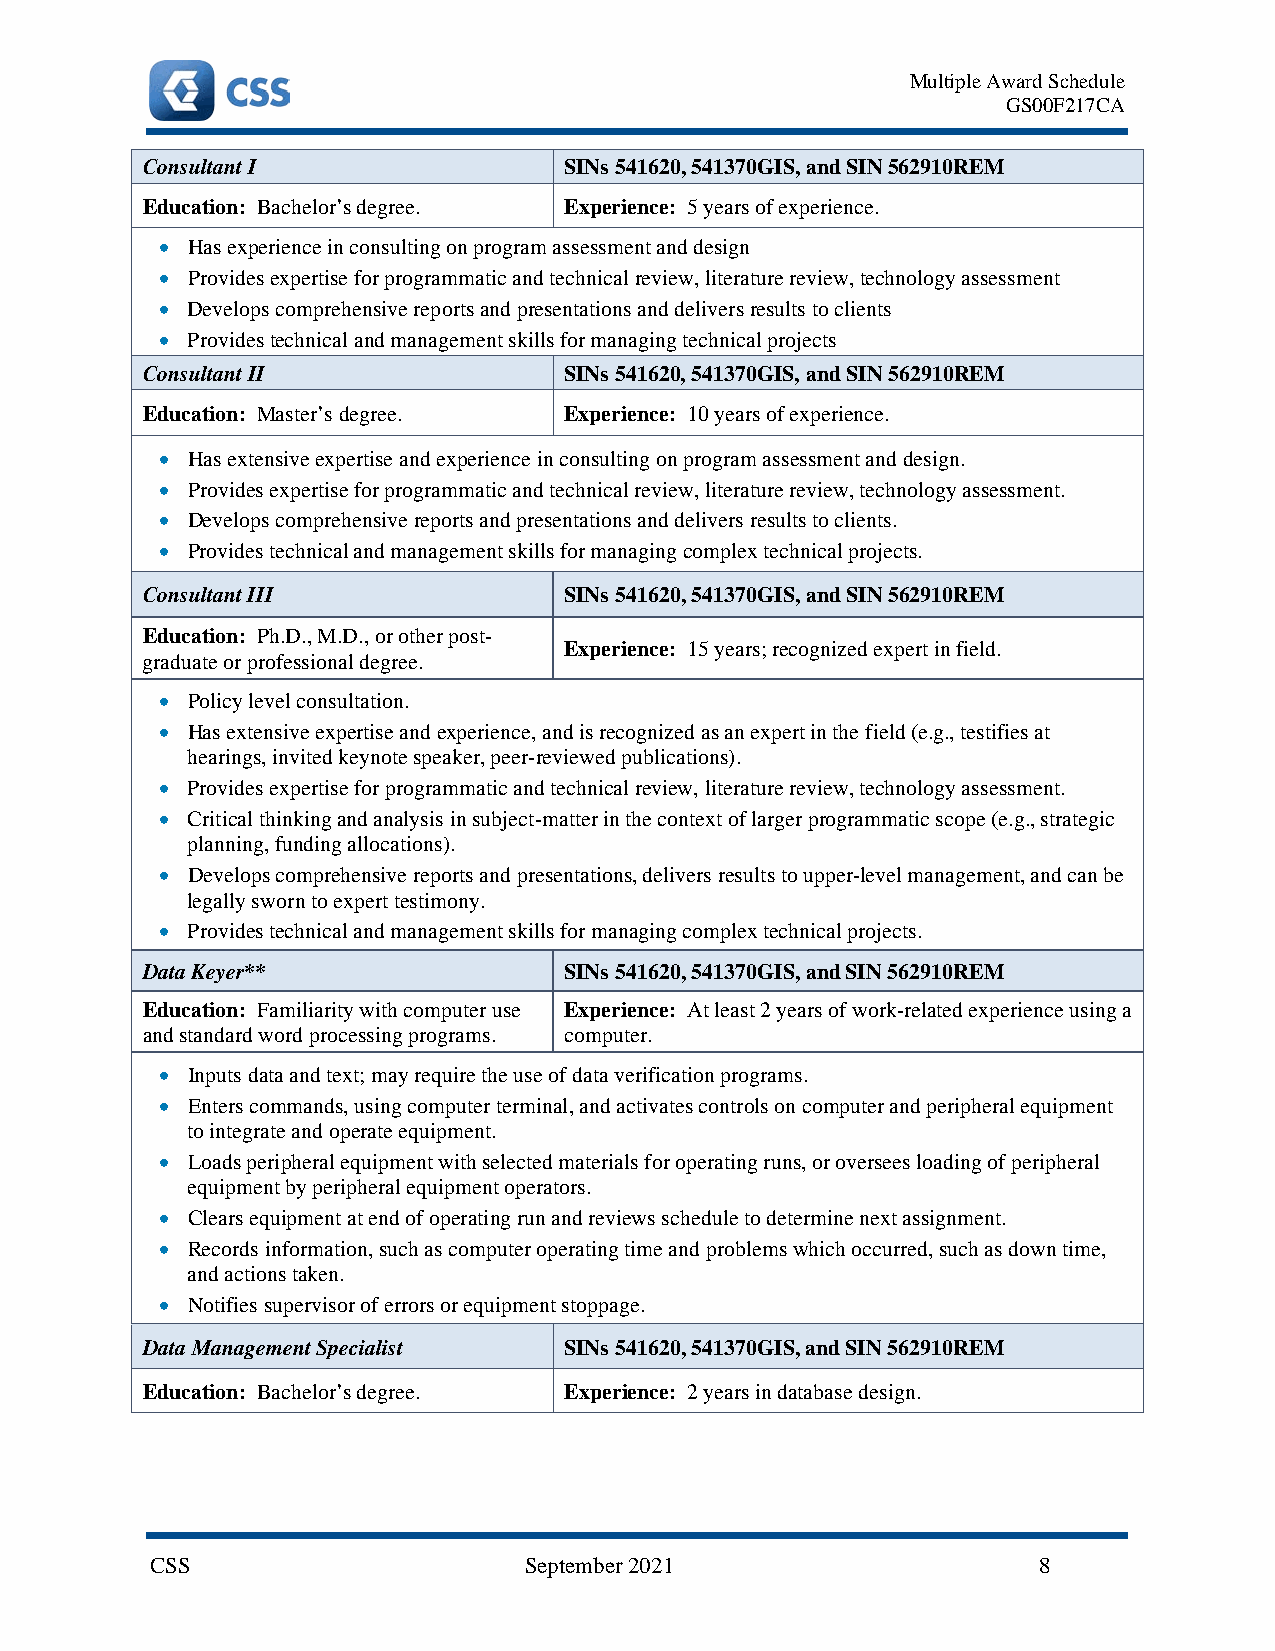
Multiple Award Schedule
 GS00F217CA
 Consultant I                SINs 541620, 541370GIS, and SIN 562910REM
 Education: Bachelor’s degree. Experience: 5 years of experience.
 • Has experience in consulting on program assessment and design
 • Provides expertise for programmatic and technical review, literature review, technology assessment
 • Develops comprehensive reports and presentations and delivers results to clients
 • Provides technical and management skills for managing technical projects
 Consultant II               SINs 541620, 541370GIS, and SIN 562910REM
 Education: Master’s degree. Experience: 10 years of experience.
 • Has extensive expertise and experience in consulting on program assessment and design.
 • Provides expertise for programmatic and technical review, literature review, technology assessment.
 • Develops comprehensive reports and presentations and delivers results to clients.
 • Provides technical and management skills for managing complex technical projects.
 Consultant III              SINs 541620, 541370GIS, and SIN 562910REM
 Education: Ph.D., M.D., or other post-
 Experience: 15 years; recognized expert in field.
 graduate or professional degree.
 • Policy level consultation.
 • Has extensive expertise and experience, and is recognized as an expert in the field (e.g., testifies at
 hearings, invited keynote speaker, peer-reviewed publications).
 • Provides expertise for programmatic and technical review, literature review, technology assessment.
 • Critical thinking and analysis in subject-matter in the context of larger programmatic scope (e.g., strategic
 planning, funding allocations).
 • Develops comprehensive reports and presentations, delivers results to upper-level management, and can be
 legally sworn to expert testimony.
 • Provides technical and management skills for managing complex technical projects.
 Data Keyer**                SINs 541620, 541370GIS, and SIN 562910REM
 Education: Familiarity with computer use Experience: At least 2 years of work-related experience using a
 and standard word processing programs. computer.
 • Inputs data and text; may require the use of data verification programs.
 • Enters commands, using computer terminal, and activates controls on computer and peripheral equipment
 to integrate and operate equipment.
 • Loads peripheral equipment with selected materials for operating runs, or oversees loading of peripheral
 equipment by peripheral equipment operators.
 • Clears equipment at end of operating run and reviews schedule to determine next assignment.
 • Records information, such as computer operating time and problems which occurred, such as down time,
 and actions taken.
 • Notifies supervisor of errors or equipment stoppage.
 Data Management Specialist  SINs 541620, 541370GIS, and SIN 562910REM
 Education: Bachelor’s degree. Experience: 2 years in database design.
 CSS                      September 2021                    8